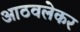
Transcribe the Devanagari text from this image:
आठवलेकर